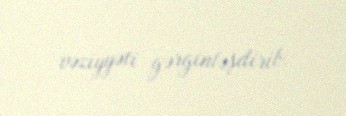
vəziyyəti gərginləşdirib.